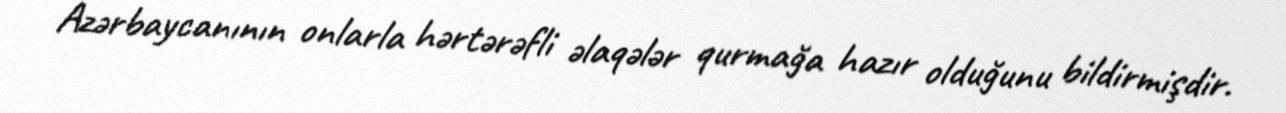
Azərbaycanının onlarla hərtərəfli əlaqələr qurmağa hazır olduğunu bildirmişdir.